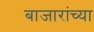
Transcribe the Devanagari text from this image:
बाजारांच्या